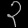
Digit: ၃